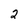
Character: 2